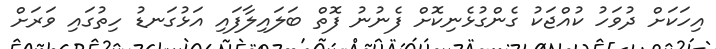
އިހަކަށް ދުވަހު ކުއްޖަކު ގެންގުޅެނިކޮށް ފެނުނު ފޮތް ބަލައިލާފައި އަޅުގަނޑު ހިތުގައި ވަރަށް